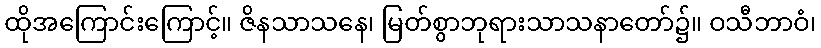
ထိုအကြောင်းကြောင့်။ ဇိနသာသနေ၊ မြတ်စွာဘုရားသာသနာတော်၌။ ဝသီဘာဝံ၊